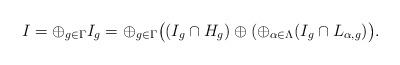
LaTeX: \begin{align*}I=\oplus_{g \in \Gamma}I_{g}=\oplus_{g \in \Gamma}\big((I_{g}\cap H_{g})\oplus (\oplus_{\alpha \in \Lambda}(I_{g}\cap L_{\alpha,g})\big).\end{align*}